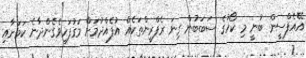
އޭއެފްސީން ބުނީ މި ކޯހުގެ ސަބަބުން ގިނަ ރެފްރީންތަކެއް އުފެއްދުމަށް މަގުފަހިވެގެންދާނެ ކަމަށާއި